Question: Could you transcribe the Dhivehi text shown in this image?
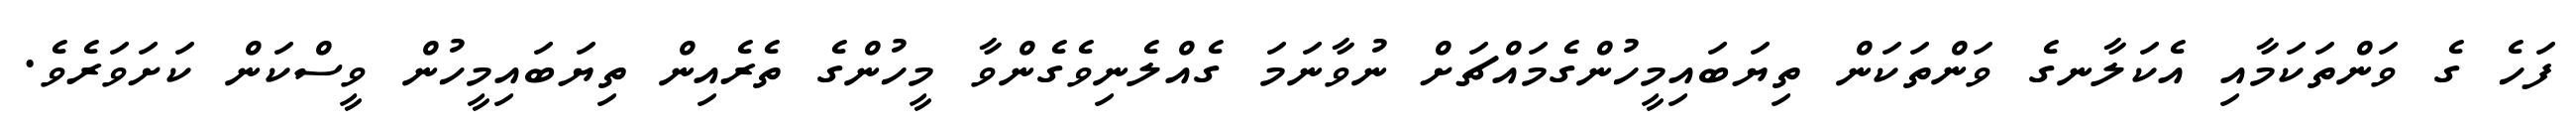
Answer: ފަހެ ގެ ވަންތަކަމާއި އެކަލާނގެ ވަންތަކަން ތިޔަބައިމީހުންގެމައްޗަށް ނުވާނަމަ ގެއްލެނިވެގެންވާ މީހުންގެ ތެރެއިން ތިޔަބައިމީހުން ވީސްކަން ކަށަވަރެވެ.